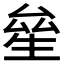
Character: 𤯢